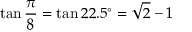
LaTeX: \tan { \frac { \pi } { 8 } } = \tan 2 2 . 5 ^ { \circ } = { \sqrt { 2 } } - 1